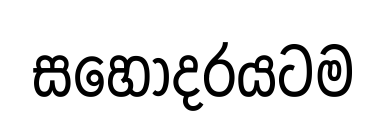
සහෝදරයටම